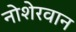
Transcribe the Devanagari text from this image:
नोशेरवान